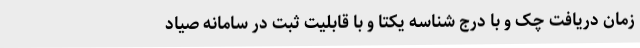
زمان دریافت چک و با درج شناسه یکتا و با قابلیت ثبت در سامانه صیاد